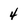
Character: 4